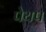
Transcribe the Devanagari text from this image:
पेयप